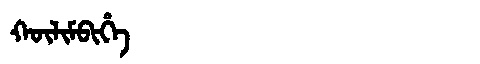
Manchu: ᡴᡡᠯᡳᠮᠪᡳᡥᡝ
Romanization: KŪLIMBIHE